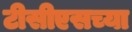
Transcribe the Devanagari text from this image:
टीसीएसच्या